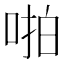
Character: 啪